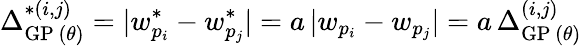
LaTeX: \Delta_{\mathrm{GP}\, (\theta)}^{*(i,j)}=|w_{p_{i}}^{*}-w_{p_{j}}^{*}|=a\, |w_{p_{i}}-w_{p_{j}}|=a\, \Delta_{\mathrm{GP}\, (\theta)}^{(i,j)}